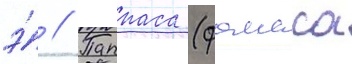
э́ // Паппаса (фомаса